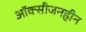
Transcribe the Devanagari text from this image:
ऑक्सीजनहीन